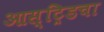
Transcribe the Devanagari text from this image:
आस्ट्रिडचा